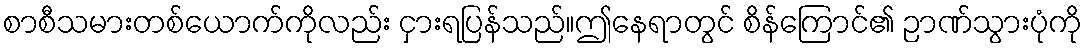
စာစီသမားတစ်ယောက်ကိုလည်း ငှားရပြန်သည်။ဤနေရာတွင် စိန်ကြောင်၏ ဉာဏ်သွားပုံကို